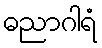
ဓညာဂါရံ